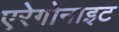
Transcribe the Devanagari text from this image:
एरेगोनाइट